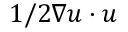
1 / 2 \nabla \boldsymbol { u } \cdot \boldsymbol { u }